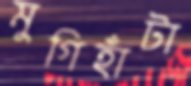
মুগিহাঁটা